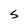
Character: S